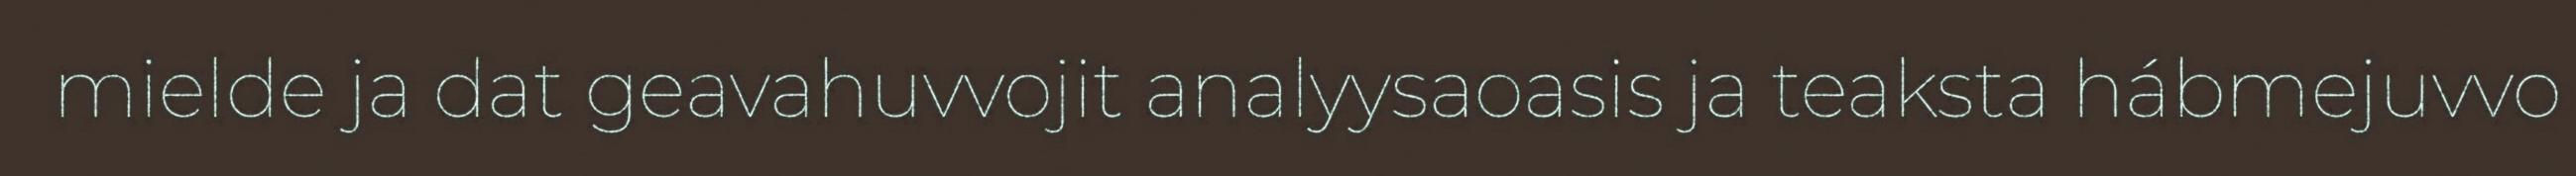
mielde ja dat geavahuvvojit analyysaoasis ja teaksta hábmejuvvo